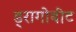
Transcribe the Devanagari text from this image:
ड्रागोबीट